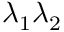
\lambda _ { 1 } \lambda _ { 2 }